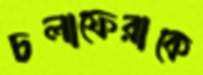
চলাফেরাকে